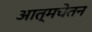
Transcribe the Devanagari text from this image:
आत्मचेतन